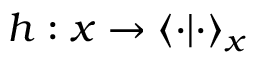
h : x \rightarrow \langle \cdot | \cdot \rangle _ { x }